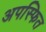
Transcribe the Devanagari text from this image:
अपस्फित